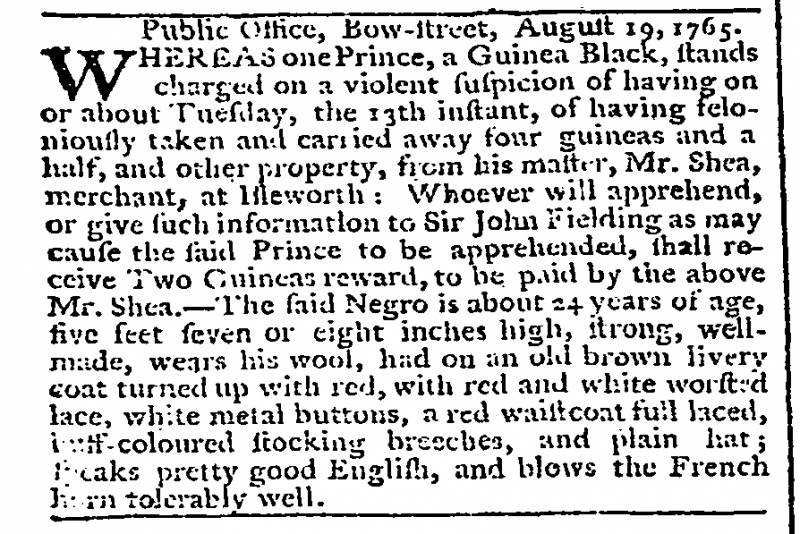
Gazetteer and New Daily Advertiser, 20 August 1765 (England)
    Public Office, Bow-street, August 19, 1765.WHEREAS one Prince, a Guinea Black, stands charged on a violent suspicion of having on or about Tuesday, the 13th instant, of having feloniously taken and carried away four guineas and a half, and other property, from his master, Mr. Shea, merchant, at Isleworth: Whoever will apprehend, or give such information to Sir John Fielding as may cause the said Prince to be apprehended, shall receive Two Guineas reward, to be paid by the above Mr. Shea. – The said Negro is about 24 years of age, five feet seven or eight inches high, strong, well-made, wears his wool, had on an old brown livery coat turned up with red, with red and white worsted lace, white metal buttons, a red waistcoat full laced, buff-coloured stocking breeches, and plain hat; speaks pretty good English, and blows the French horn tolerably well.